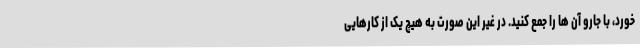
خورد، با جارو آن ها را جمع کنید. در غیر این صورت به هیچ یک از کارهایی